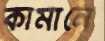
কামানে